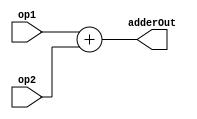
module adder #(parameter width=32)(
input   [width-1:0] op1,
input   [width-1:0] op2,
output   [width-1:0] adderOut
);


assign adderOut = op1+op2;



endmodule